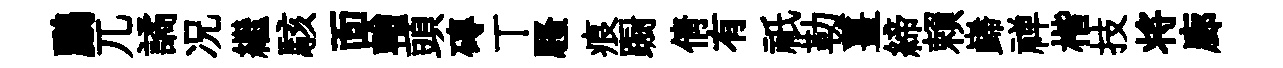
鸝兀譎况繼駭靣輶頭磚丅騷痕蹰倩有祇勒薑締賴巋禅楷技将廊